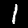
Label: 1